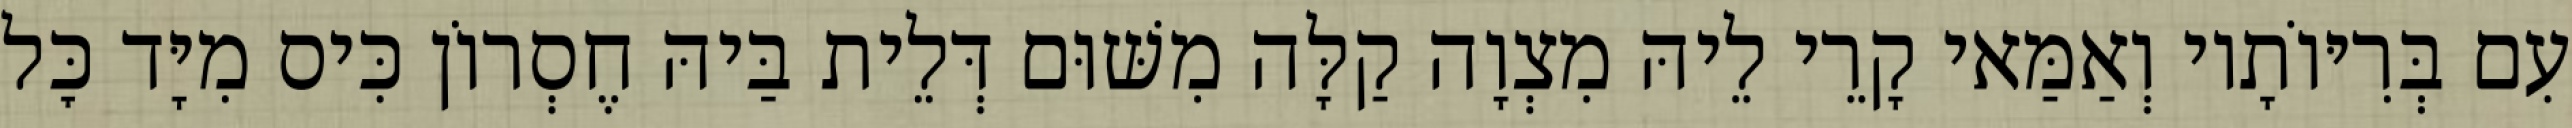
עִם בְּרִיּוֹתָיו וְאַמַּאי קָרֵי לֵיהּ מִצְוָה קַלָּה מִשּׁוּם דְּלֵית בַּיהּ חֶסְרוֹן כִּיס מִיָּד כׇּל